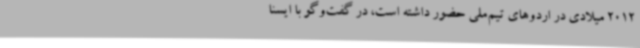
2012 میلادی در اردوهای تیم‌ملی حضور داشته است، در گفت‌وگو با ایسنا